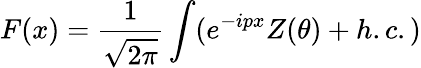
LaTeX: F(x)=\frac{1}{\sqrt{2\pi}}\int(e^{-ipx}Z(\theta)+h.c.)